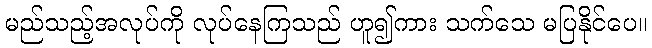
မည်သည့်အလုပ်ကို လုပ်နေကြသည် ဟူ၍ကား သက်သေ မပြနိုင်ပေ။